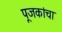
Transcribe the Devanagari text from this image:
पूजकांचा